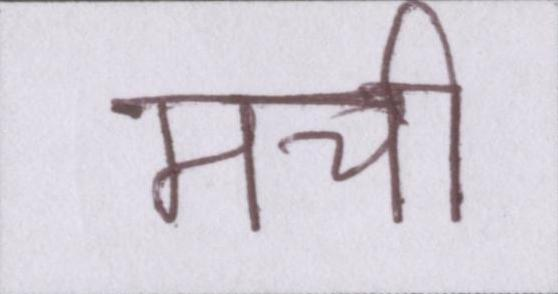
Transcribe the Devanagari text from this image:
मची